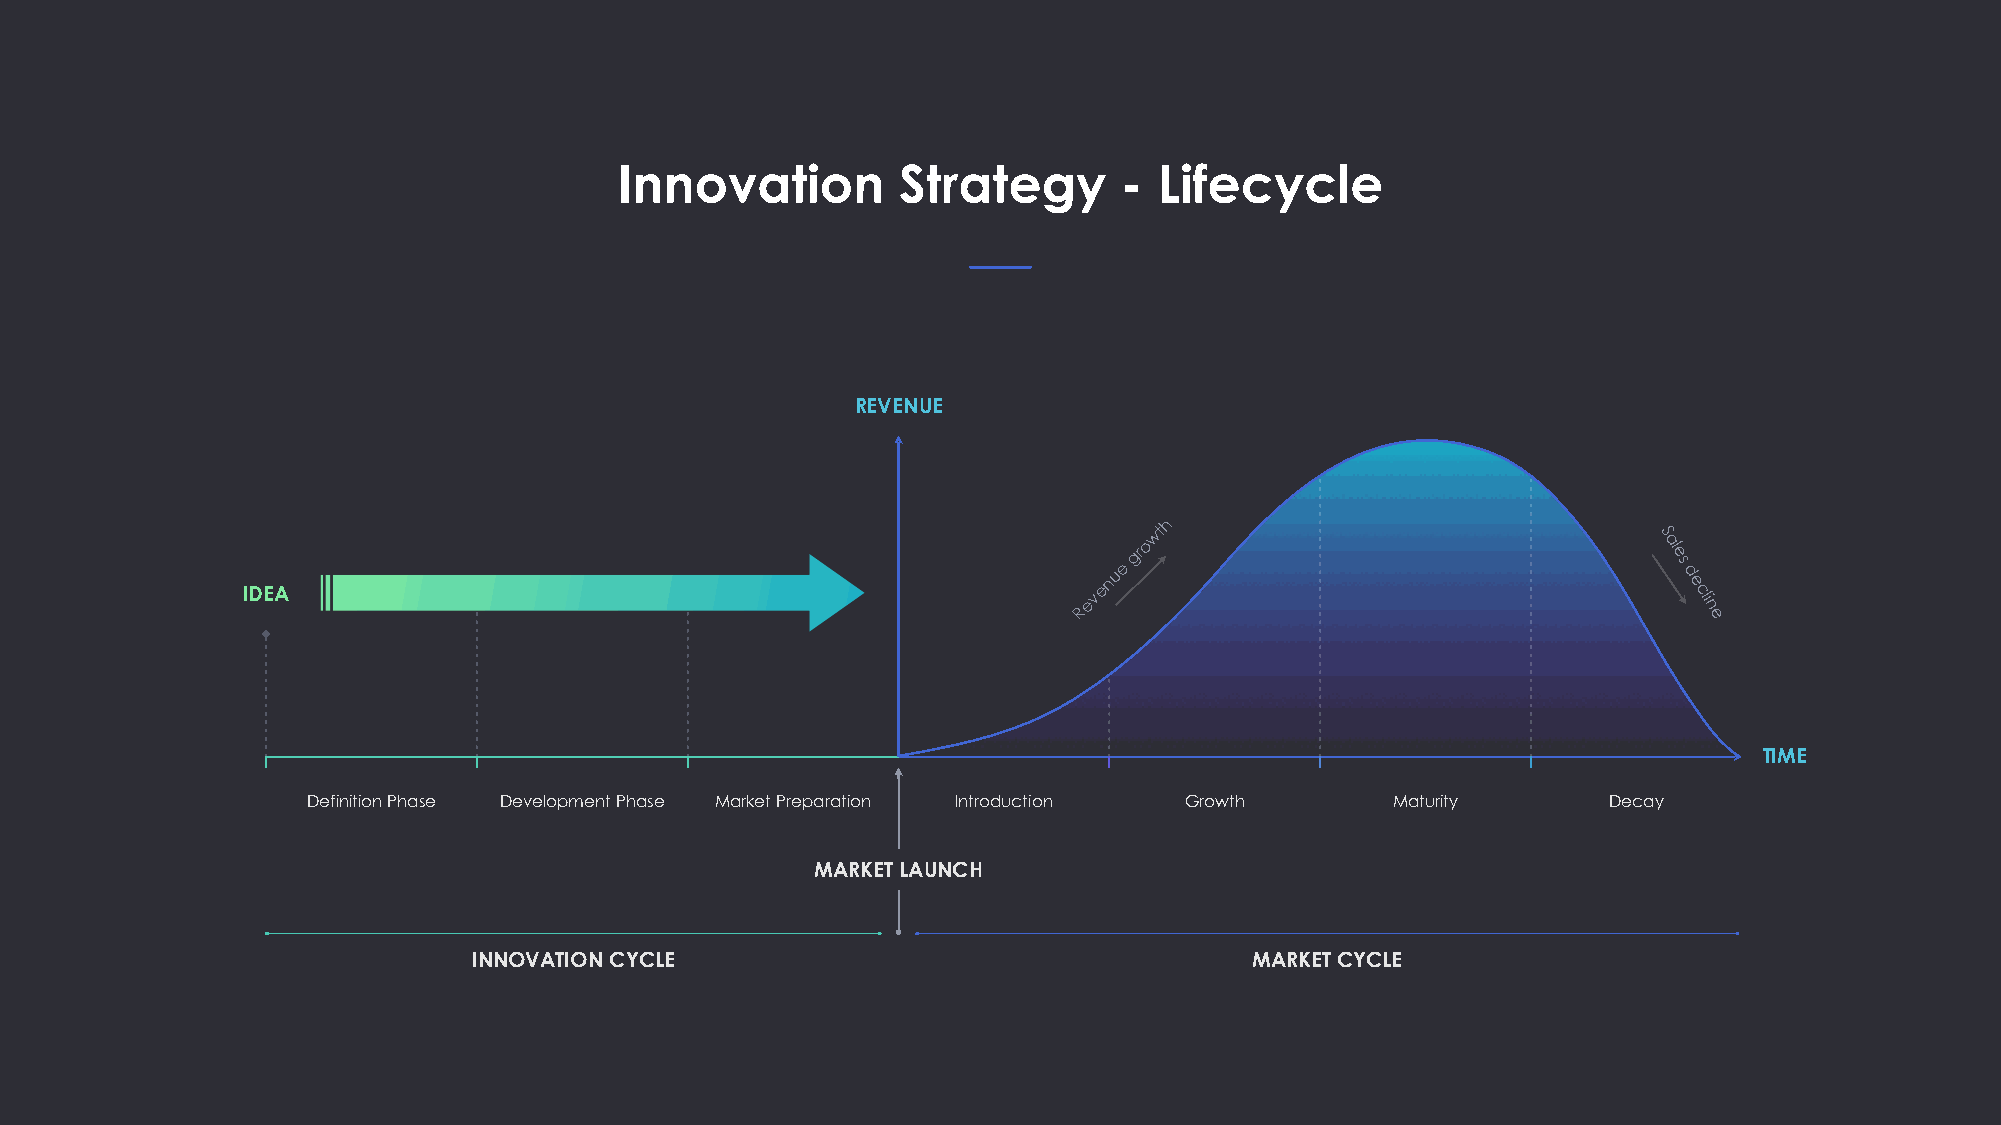
Innovation        Strategy       -  Lifecycle
 REVENUE
 h
 wt                                S
 e
 gro                                al
 es
 IDEA
 evenu                                  d
 e cli
 R                                         n
 e
 TIME
 Definition Phase Development Phase Market Preparation Introduction Growth Maturity    Decay
 MARKET LAUNCH
 INNOVATION CYCLE                                    MARKET CYCLE